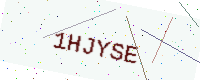
Text: 1HJYSE